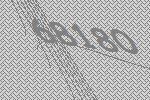
68180